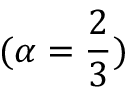
( \alpha = \frac { 2 } { 3 } )